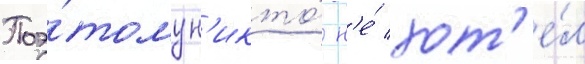
Поэ́тому н'икто́ н'е́ хот'е́л